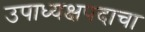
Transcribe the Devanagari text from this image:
उपाध्यक्षपदाचा